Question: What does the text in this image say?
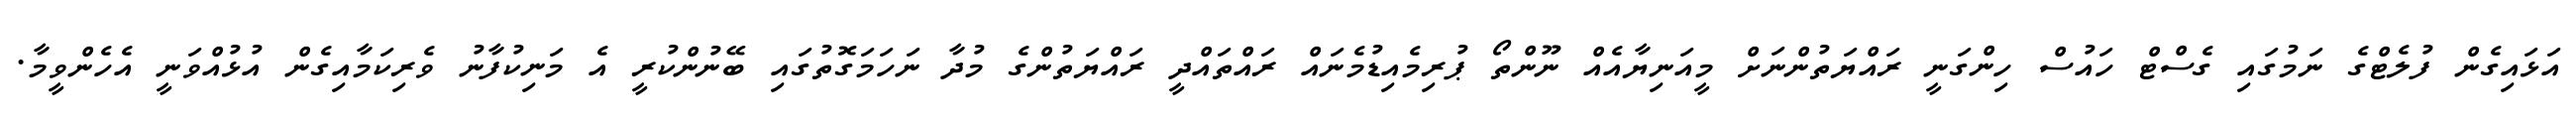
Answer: އަޅައިގެން ފުލެޓްގެ ނަމުގައި ގެސްޓް ހައުސް ހިންގަނީ ރައްޔަތުންނަށް މީއަނިޔާއެއް ނޫންތޯ ޕުރިމެއިޑުމެނައް ރައްތައްދީ ރައްޔަތުންގެ މުދާ ނަހަމަގޮތުގައި ބޭނުންކުރީ އެ މަނިކުފާނު ވެރިކަމާއިގެން އުޅުއްވަނީ އެހެންވީމާ.